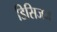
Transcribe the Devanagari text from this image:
डिसिजन